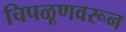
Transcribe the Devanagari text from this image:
चिपळूणवरून